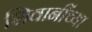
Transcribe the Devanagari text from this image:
शिवानींच्या